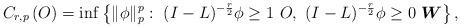
LaTeX: \begin{align*}C_{r,p}\left(O\right)=\inf\left\{ \lVert\phi\rVert_{p}^{p}:\ (I-L)^{-\frac{r}{2}}\phi\geq1\ O,\ (I-L)^{-\frac{r}{2}}\phi\geq0\ \boldsymbol{W}\right\} ,\end{align*}